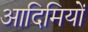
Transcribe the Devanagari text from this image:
आदिमियों